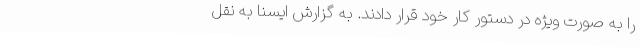
را به صورت ویژه در دستور کار خود قرار دادند. به گزارش ایسنا به نقل